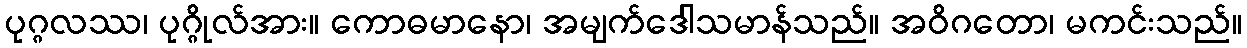
ပုဂ္ဂလဿ၊ ပုဂ္ဂိုလ်အား။ ကောဓမာနော၊ အမျက်ဒေါသမာန်သည်။ အဝိဂတော၊ မကင်းသည်။